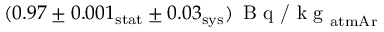
( 0 . 9 7 \pm 0 . 0 0 1 _ { \mathrm { s t a t } } \pm 0 . 0 3 _ { \mathrm { s y s } } ) \, \textrm { B q / k g } _ { \mathrm { a t m A r } }